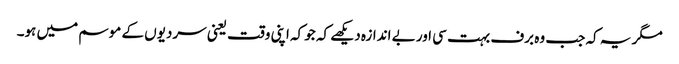
مگر یہ کہ جب وہ برف بہت سی اور بے اندازہ دیکھے کہ جو کہ اپنی وقت یعنی سردیوں کے موسم میں ہو۔